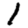
Digit: 1